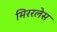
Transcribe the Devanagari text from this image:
मिररलेस